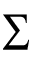
\sum